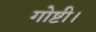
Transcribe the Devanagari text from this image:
गोष्टी।